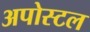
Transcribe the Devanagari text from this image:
अपोस्टल